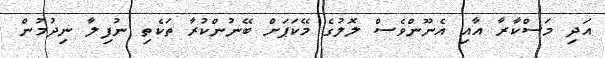
އަދި މަސްކާރާ އާއި އެނޫންވެސް ލޮލުގެ މޭކަޕަށް ބޭނުންކުރާ ތަކެތި ނުފިލާ ނިދުމުން